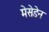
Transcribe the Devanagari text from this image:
मेसेडेन